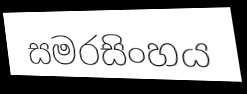
සමරසිංහය